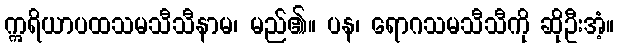
ဣရိယာပထသမသီသီနာမ၊ မည်၏။ ပန၊ ရောဂသမသီသီကို ဆိုဦးအံ့။